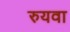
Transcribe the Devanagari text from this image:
रुयवा